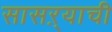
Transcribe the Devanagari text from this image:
सासऱ्याची